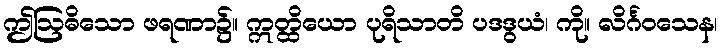
ဤဩဓိသော ဖရဏာ၌။ ဣတ္ထိယော ပုရိသာတိ ပဒဒွယံ၊ ကို။ လိင်္ဂဝသေန၊